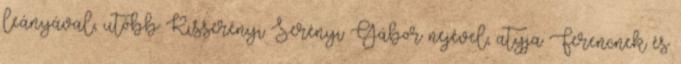
leányával, utóbb Kisserényi Serényi Gábor nejével, atyja Ferencnek és